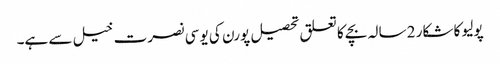
پولیو کا شکار 2 سالہ بچے کا تعلق تحصیل پورن کی یو سی نصرت خیل سے ہے۔